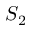
S _ { 2 }